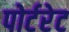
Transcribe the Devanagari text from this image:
पोर्टरेट